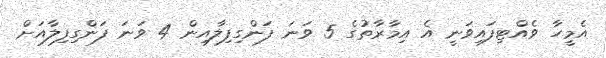
އެމީހާ ވެއްޓިފައިވަނީ އެ އިމާރާތުގެ 5 ވަނަ ފަންގިފިލާއިން 4 ވަނަ ފަންގިފިލާއަށް